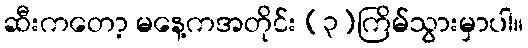
ဆီးကတော့ မနေ့ကအတိုင်း (၃)ကြိမ်သွားမှာပါ။